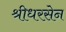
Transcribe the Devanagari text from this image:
श्रीधरसेन